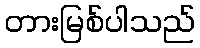
တားမြစ်ပါသည်